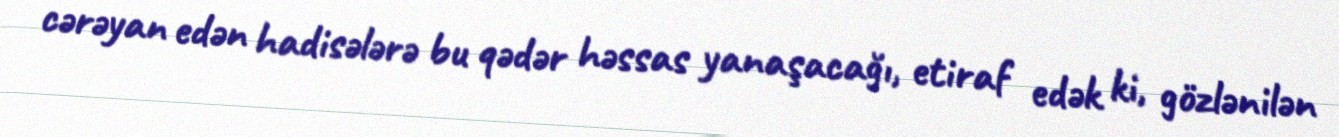
cərəyan edən hadisələrə bu qədər həssas yanaşacağı, etiraf edək ki, gözlənilən